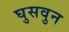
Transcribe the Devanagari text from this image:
घुसवुन